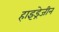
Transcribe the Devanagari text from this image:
हाइड्रेजीन